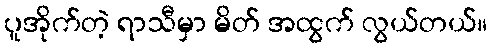
ပူအိုက်တဲ့ ရာသီမှာ မိတ် အထွက် လွယ်တယ်။